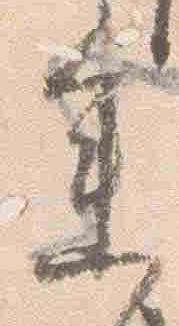
参